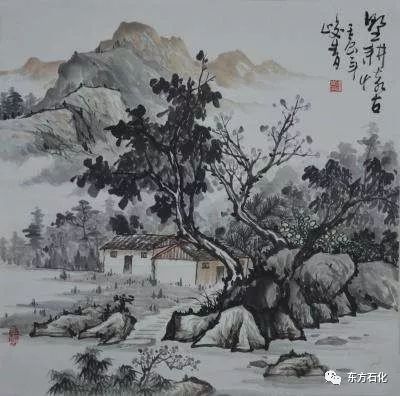
谁知万里客，怀古正踌蹰。